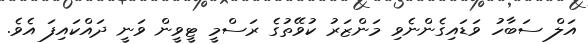
އަލް ސަބާހު ވަޑައިގެންނެވި މަންޒަރު ކުވޭތުގެ ރަސްމީ ޓީވީން ވަނީ ދައްކައިފަ އެވެ.